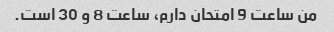
من ساعت 9 امتحان دارم، ساعت 8 و 30 است.